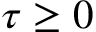
\tau \geq 0